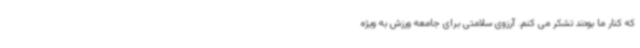
که کنار ما بودند تشکر می کنم. آرزوی سلامتی برای جامعه ورزش به ویژه